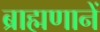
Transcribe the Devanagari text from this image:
ब्राह्मणानें